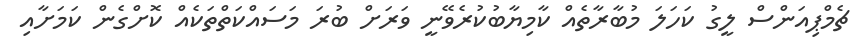
ޗެމްޕިއަންސް ލީގު ކަހަލަ މުބާރާތެއް ކާމިޔާބުކުރެވޭނީ ވަރަށް ބުރަ މަސައްކަތްތަކެއް ކޮށްގެން ކަމަށާއި